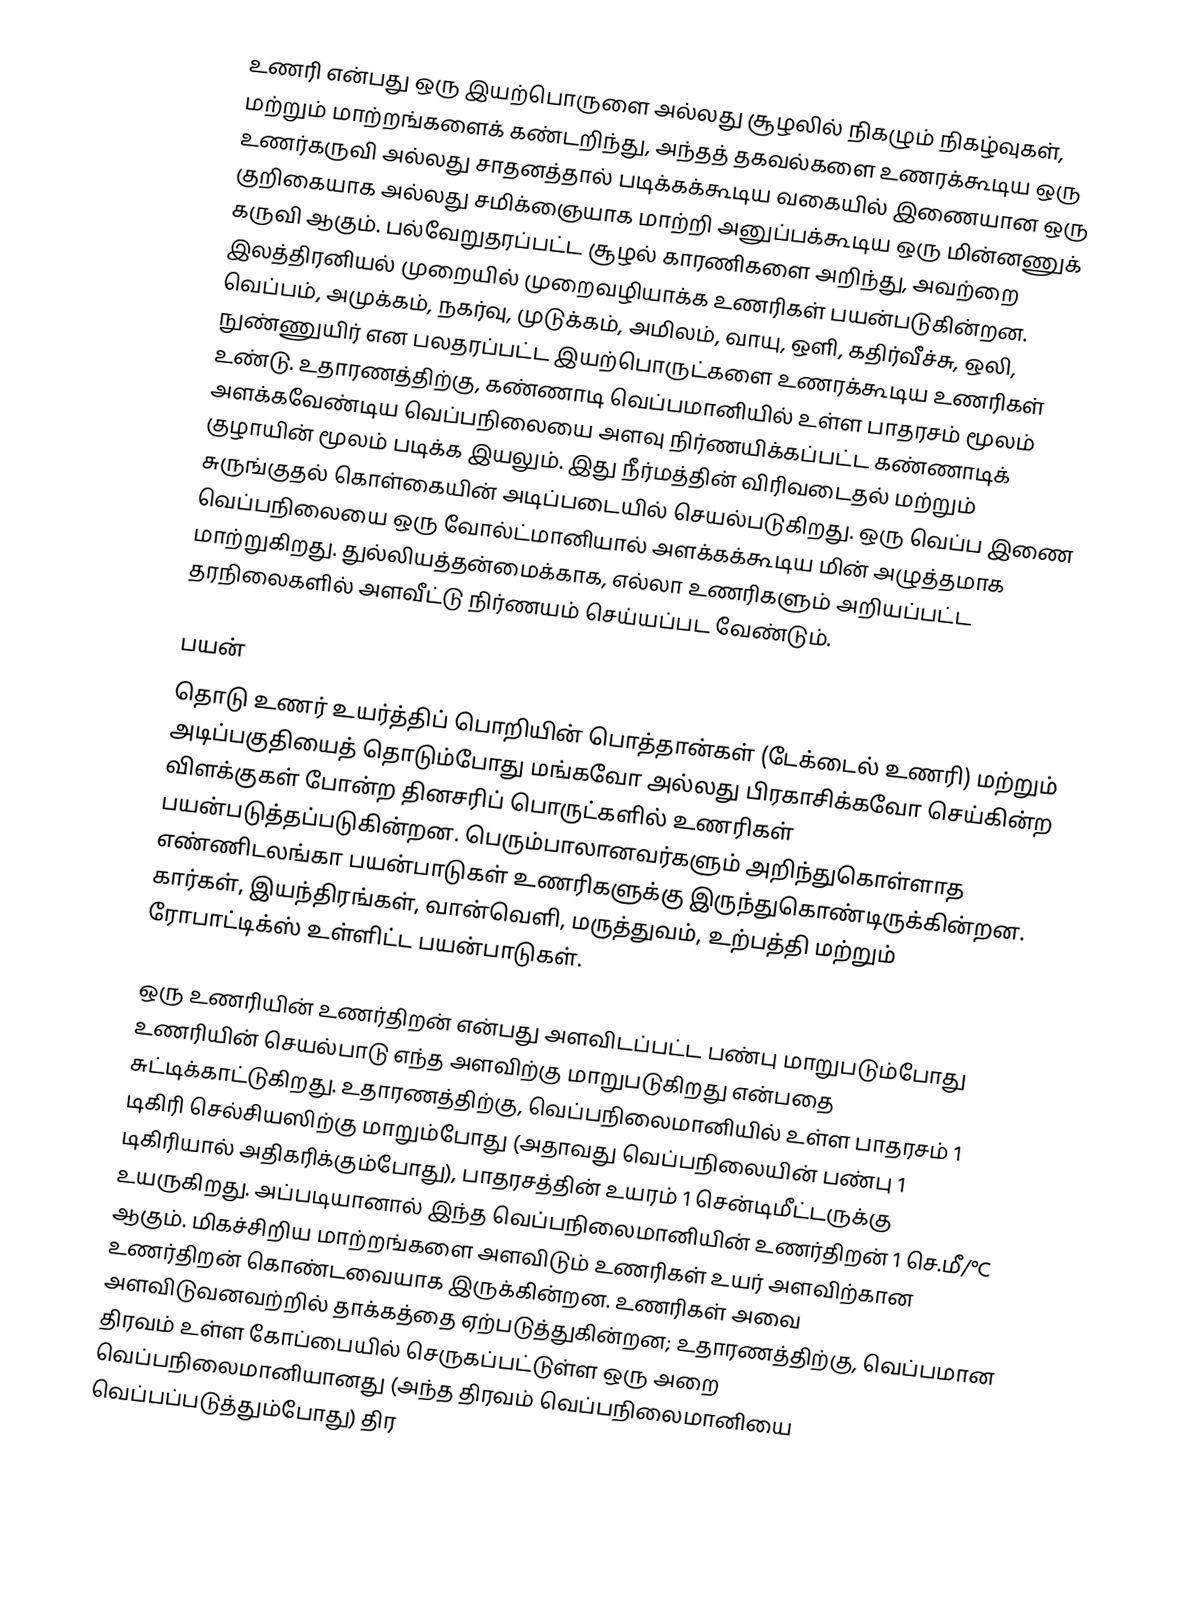
உணரி என்பது ஒரு இயற்பொருளை அல்லது சூழலில் நிகழும் நிகழ்வுகள், மற்றும் மாற்றங்களைக் கண்டறிந்து, அந்தத் தகவல்களை உணரக்கூடிய ஒரு உணர்கருவி அல்லது சாதனத்தால் படிக்கக்கூடிய வகையில்  இணையான ஒரு குறிகையாக அல்லது சமிக்ஞையாக மாற்றி அனுப்பக்கூடிய ஒரு மின்னணுக் கருவி ஆகும்.  பல்வேறுதரப்பட்ட சூழல் காரணிகளை அறிந்து, அவற்றை இலத்திரனியல் முறையில் முறைவழியாக்க உணரிகள் பயன்படுகின்றன.  வெப்பம், அமுக்கம், நகர்வு, முடுக்கம், அமிலம், வாயு, ஒளி, கதிர்வீச்சு, ஒலி, நுண்ணுயிர் என பலதரப்பட்ட இயற்பொருட்களை உணரக்கூடிய உணரிகள் உண்டு. உதாரணத்திற்கு, கண்ணாடி வெப்பமானியில் உள்ள பாதரசம் மூலம் அளக்கவேண்டிய வெப்பநிலையை அளவு நிர்ணயிக்கப்பட்ட கண்ணாடிக் குழாயின் மூலம் படிக்க இயலும். இது நீர்மத்தின் விரிவடைதல் மற்றும் சுருங்குதல் கொள்கையின் அடிப்படையில் செயல்படுகிறது. ஒரு வெப்ப இணை வெப்பநிலையை ஒரு வோல்ட்மானியால் அளக்கக்கூடிய மின் அழுத்தமாக மாற்றுகிறது. துல்லியத்தன்மைக்காக, எல்லா உணரிகளும் அறியப்பட்ட தரநிலைகளில் அளவீட்டு நிர்ணயம் செய்யப்பட வேண்டும்.

பயன்
தொடு உணர் உயர்த்திப் பொறியின் பொத்தான்கள் (டேக்டைல் உணரி) மற்றும் அடிப்பகுதியைத் தொடும்போது மங்கவோ அல்லது பிரகாசிக்கவோ செய்கின்ற விளக்குகள் போன்ற தினசரிப் பொருட்களில் உணரிகள் பயன்படுத்தப்படுகின்றன. பெரும்பாலானவர்களும் அறிந்துகொள்ளாத எண்ணிடலங்கா பயன்பாடுகள் உணரிகளுக்கு இருந்துகொண்டிருக்கின்றன. கார்கள், இயந்திரங்கள், வான்வெளி, மருத்துவம், உற்பத்தி மற்றும் ரோபாட்டிக்ஸ் உள்ளிட்ட பயன்பாடுகள்.

ஒரு உணரியின் உணர்திறன் என்பது அளவிடப்பட்ட பண்பு மாறுபடும்போது உணரியின் செயல்பாடு எந்த அளவிற்கு மாறுபடுகிறது என்பதை சுட்டிக்காட்டுகிறது. உதாரணத்திற்கு, வெப்பநிலைமானியில் உள்ள பாதரசம் 1 டிகிரி செல்சியஸிற்கு மாறும்போது (அதாவது வெப்பநிலையின் பண்பு 1 டிகிரியால் அதிகரிக்கும்போது), பாதரசத்தின் உயரம் 1 சென்டிமீட்டருக்கு உயருகிறது. அப்படியானால் இந்த வெப்பநிலைமானியின் உணர்திறன் 1 செ.மீ/°C ஆகும். மிகச்சிறிய மாற்றங்களை அளவிடும் உணரிகள் உயர் அளவிற்கான உணர்திறன் கொண்டவையாக இருக்கின்றன. உணரிகள் அவை அளவிடுவனவற்றில் தாக்கத்தை ஏற்படுத்துகின்றன; உதாரணத்திற்கு, வெப்பமான திரவம் உள்ள கோப்பையில் செருகப்பட்டுள்ள ஒரு அறை வெப்பநிலைமானியானது (அந்த திரவம் வெப்பநிலைமானியை வெப்பப்படுத்தும்போது) திர